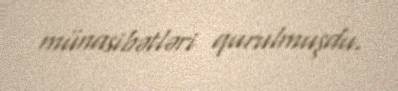
münasibətləri qurulmuşdu.